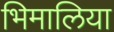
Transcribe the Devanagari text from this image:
भिमालिया